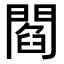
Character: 閻